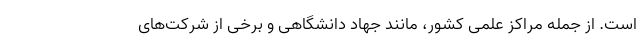
است. از جمله مراکز علمی کشور، مانند جهاد دانشگاهی و برخی از شرکت‌های